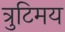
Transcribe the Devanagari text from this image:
त्रुटिमय